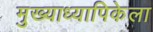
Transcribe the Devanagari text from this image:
मुख्याध्यापिकेला